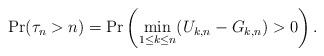
LaTeX: \begin{align*} \Pr(\tau_n>n)=\Pr\left(\min_{1\le k\le n}(U_{k,n}-G_{k,n})>0\right).\end{align*}